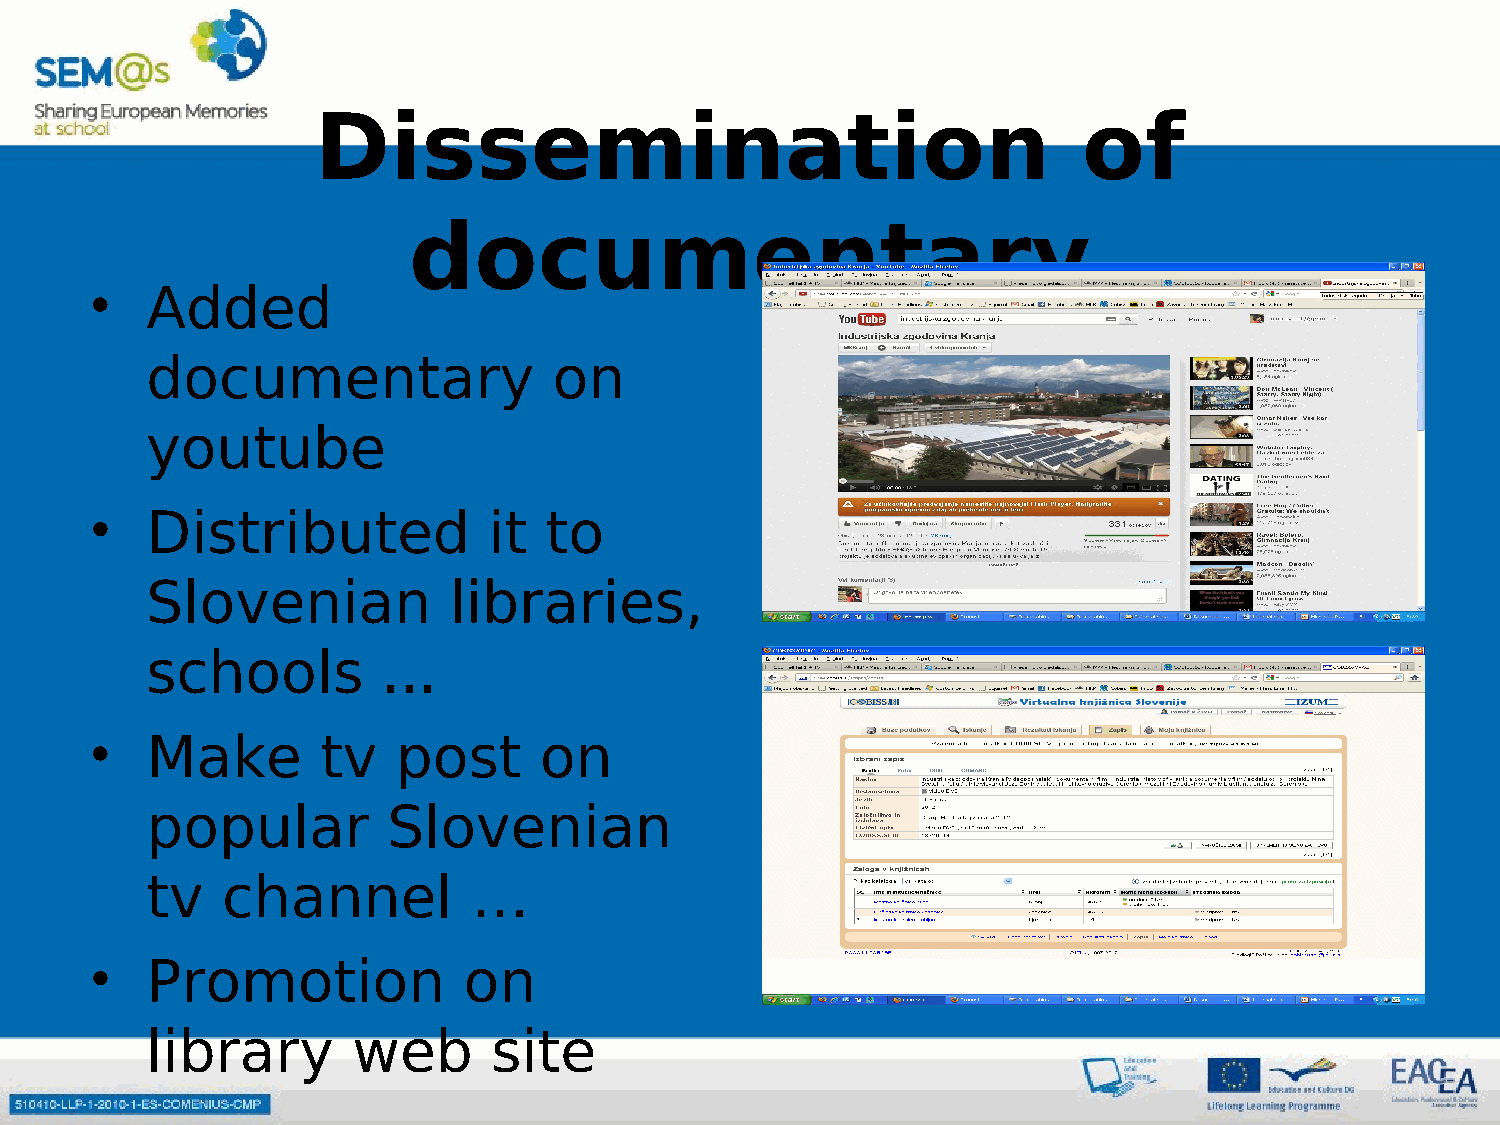
Dissemination                                      of
 documentary
 •   Added
 documentary                on
 youtube
 •   Distributed           it  to
 Slovenian           libraries,
 schools        ...
 •   Make       tv   post      on
 popular         Slovenian
 tv   channel         …
 •   Promotion            on
 library      web       site